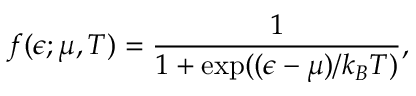
f ( \epsilon ; \mu , T ) = \frac { 1 } { 1 + \mathrm { e x p } ( ( \epsilon - \mu ) / k _ { B } T ) } ,